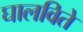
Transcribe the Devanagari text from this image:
घालविते